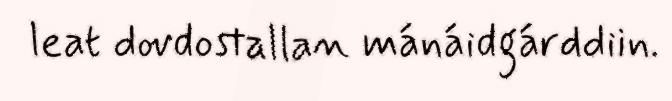
leat dovdostallan mánáidgárddiin.